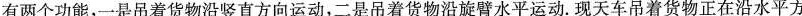
有两个功能，-是吊着货物沿竖直方向运动，二是吊着货物沿旋臂水平运动。现天车吊着货物正在沿水平方